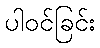
ပါဝင်ခြင်း